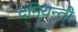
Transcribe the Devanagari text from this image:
दमियन्ती